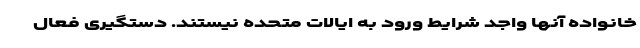
خانواده آنها واجد شرایط ورود به ایالات متحده نیستند. دستگیری فعال